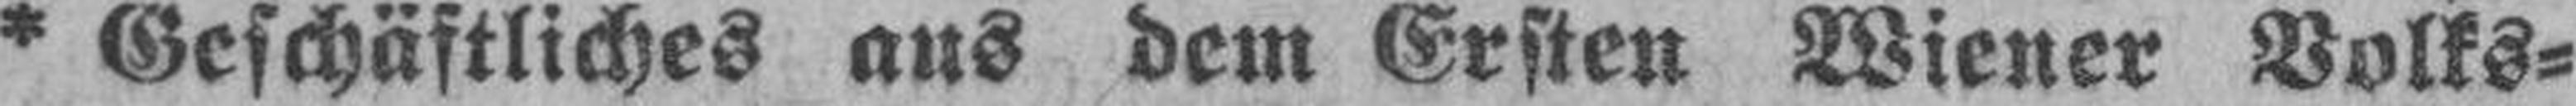
* Geschäftliches ans dem Ersten Wiener Volks¬